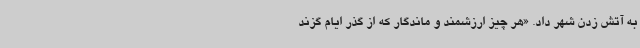
به آتش زدن شهر داد. «هر چیز ارزشمند و ماندگار که از گذر ایام گزند